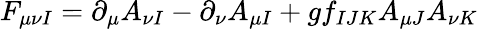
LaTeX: F_{\mu\nu I}=\partial_{\mu}A_{\nu I}-\partial_{\nu}A_{\mu I}+gf_{IJK}A_{\mu J}A_{\nu K}